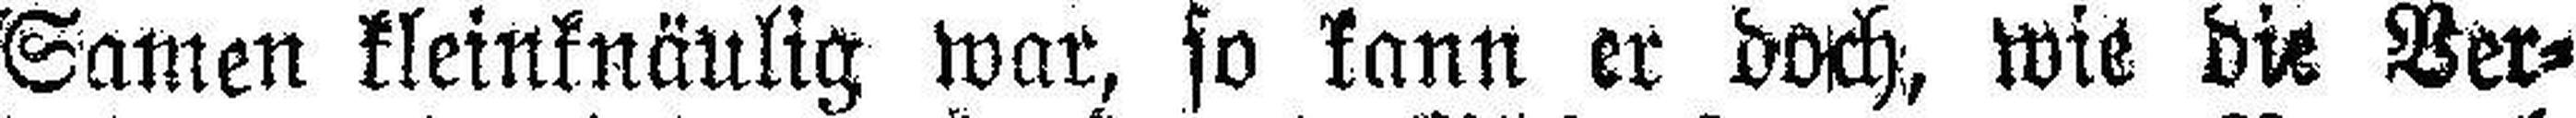
Samen kleinknäulig war, so kann er doch, wie die Ver¬